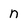
Character: n